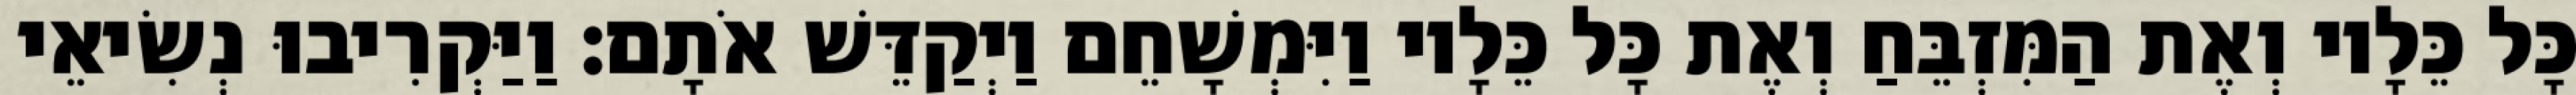
כָּל כֵּלָיו וְאֶת הַמִּזְבֵּחַ וְאֶת כָּל כֵּלָיו וַיִּמְשָׁחֵם וַיְקַדֵּשׁ אֹתָם׃ וַיַּקְרִיבוּ נְשִׂיאֵי